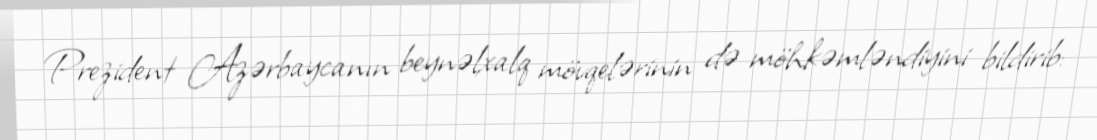
Prezident Azərbaycanın beynəlxalq mövqelərinin də möhkəmləndiyini bildirib: